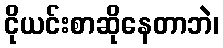
ငိုယင်းစာဆိုနေတာဘဲ၊